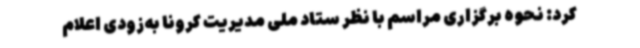
کرد: نحوه برگزاری مراسم با نظر ستاد ملی مدیریت کرونا به‌زودی اعلام